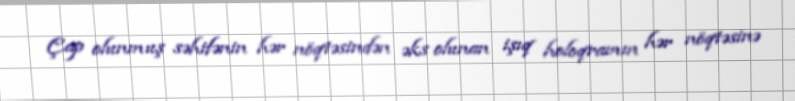
Çap olunmuş səhifənin hər nöqtəsindən əks olunan işıq holoqramın hər nöqtəsinə